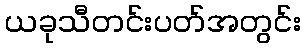
ယခုသီတင်းပတ်အတွင်း